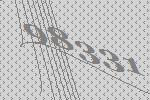
98331